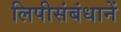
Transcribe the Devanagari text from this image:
लिपीसंबंधानें